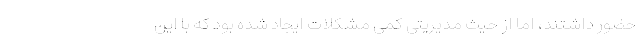
حضور داشتند، اما از حیث مدیریتی کمی مشکلات ایجاد شده بود که با این